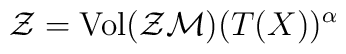
{\cal {Z}}=\mbox{Vol}({\cal {ZM}})(T(X))^\alpha